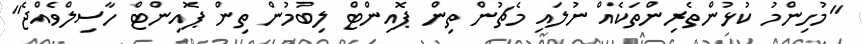
"މުހިންމު ކުޅުންތެރިންތަކެއް ނުލައި މެޗުން ތިން ޕޮއިންޓް ލިބުމުން ތިން ޕޮއިންޓް ހާސިލްވެއްޖެ"